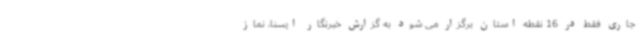
جاری فقط در 16 نقطه استان برگزار می شود به گزارش خبرنگار ایسنا، نماز